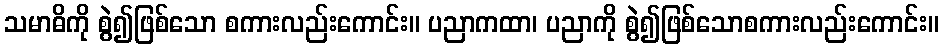
သမာဓိကို စွဲ၍ဖြစ်သော စကားလည်းကောင်း။ ပညာကထာ၊ ပညာကို စွဲ၍ဖြစ်သောစကားလည်းကောင်း။